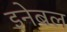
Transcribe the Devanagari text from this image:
इनेबल